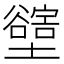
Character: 𡓛